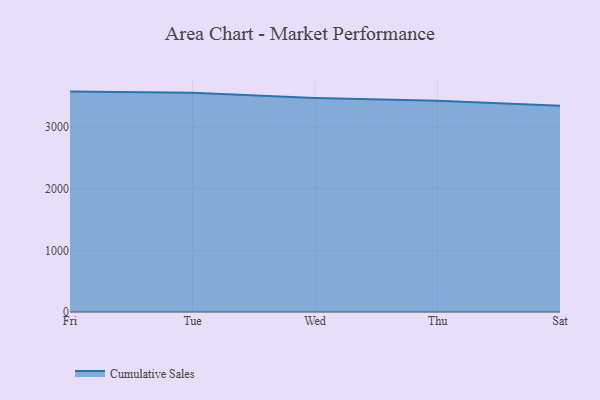
{"axis": {"x": "Day", "y": "Tickets Resolved"}, "legend": ["Cumulative Sales"], "data": [{"x": "Fri", "y": 3575.7, "type": "Cumulative Sales"}, {"x": "Tue", "y": 3556.8, "type": "Cumulative Sales"}, {"x": "Wed", "y": 3471.7, "type": "Cumulative Sales"}, {"x": "Thu", "y": 3425.9, "type": "Cumulative Sales"}, {"x": "Sat", "y": 3344.8, "type": "Cumulative Sales"}]}